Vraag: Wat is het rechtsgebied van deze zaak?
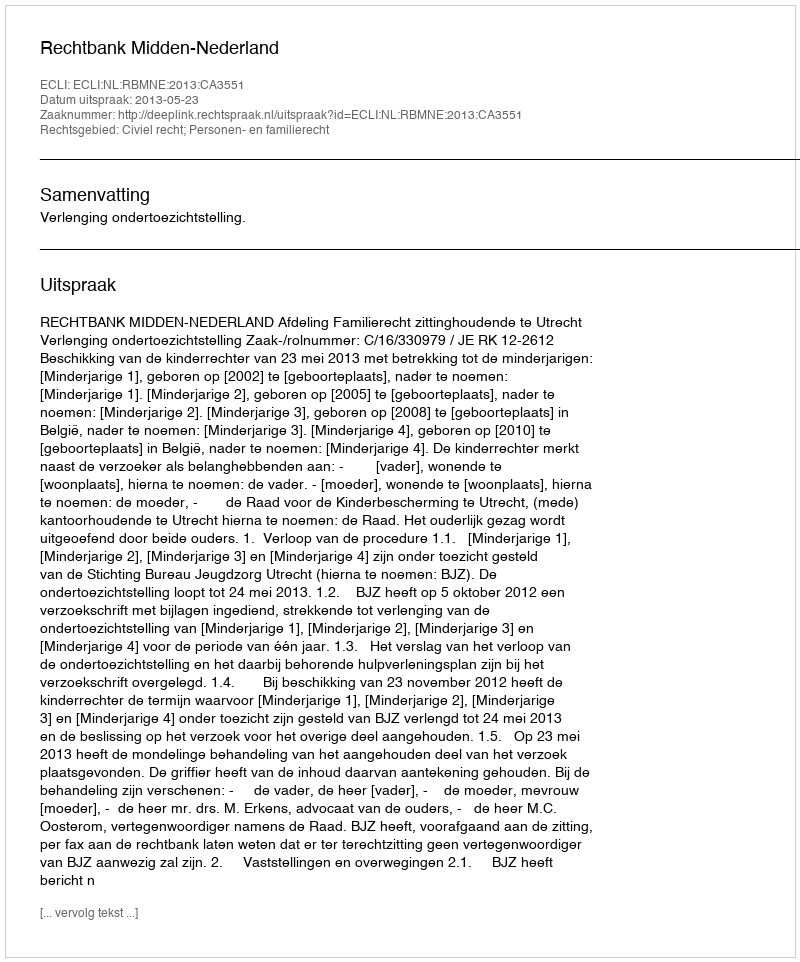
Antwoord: Civiel recht; Personen- en familierecht